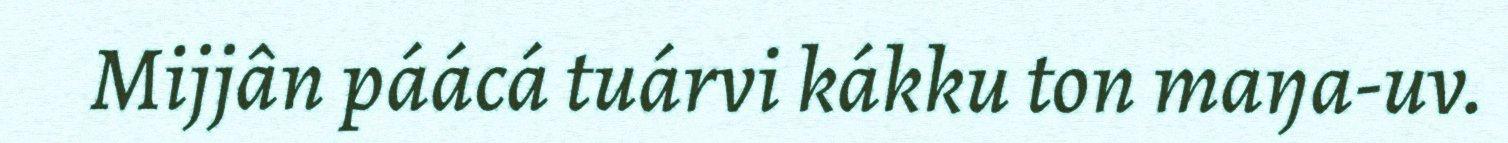
Mijjân páácá tuárvi kákku ton maŋa-uv.